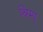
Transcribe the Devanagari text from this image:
श्रिम्प्